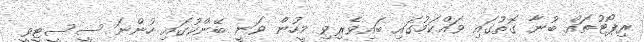
ރިޕޯޓުތައް ބުނާ ގޮތުގައި ވައްކަމުގައި ބައިވެރިވި މީހުން ވަނީ ބޭންކުގައި ހުންނަ ސީސީޓީވީ